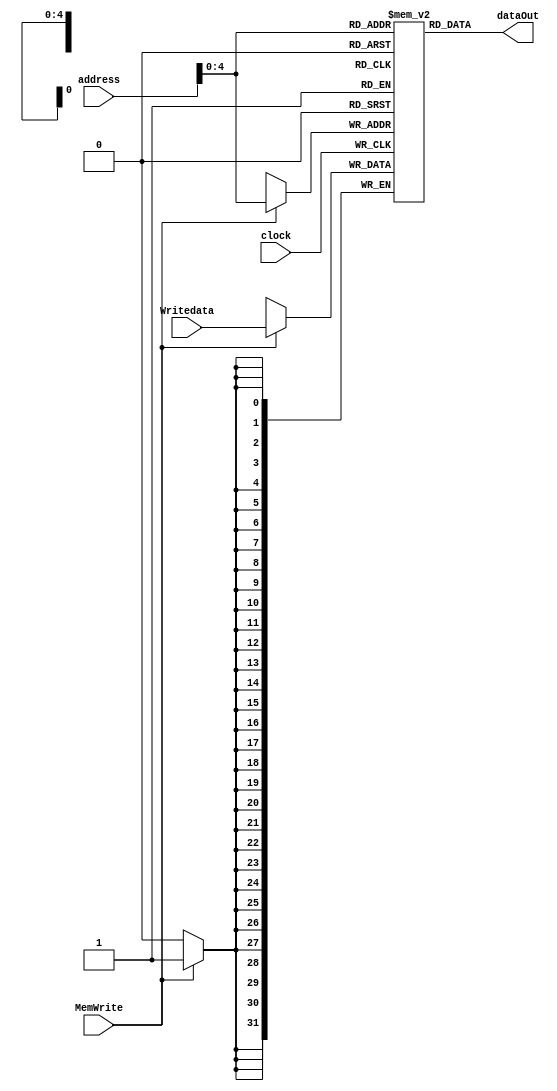
//Memoria de Dados

module MemDados(Writedata,address,clock,dataOut,MemWrite);

input [31:0] Writedata,address;
input clock, MemWrite;
output [31:0] dataOut;

reg [31:0] Mem[31:0];

always @ (posedge clock) begin

	if(MemWrite)
			Mem[address]= Writedata;
end

assign dataOut = Mem[address];

endmodule